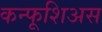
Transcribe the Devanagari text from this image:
कन्फूशिअस